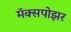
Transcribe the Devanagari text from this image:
मॅक्सपोझर